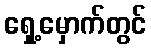
ရှေ့မှောက်တွင်